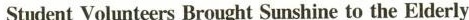
Student Volunteers Brought Sunshine to the Elderly